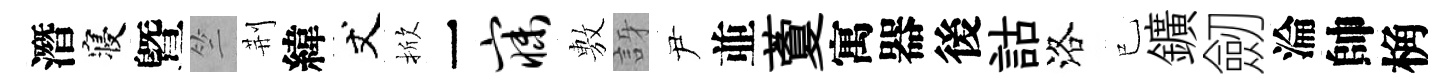
潛寝曁竺荆緯丈掀一寐𢾾訝尹並藑寓器後詁洛已鑛劒淪帥桷